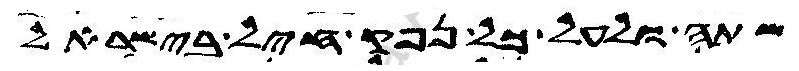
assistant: שתה ולעל כל נפק חיל בישראל